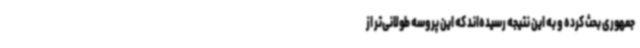
جمهوری بحث کرده و به این نتیجه رسیده‌اند که این پروسه طولانی‌تر از